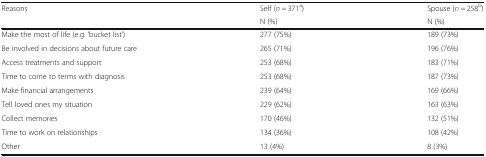
| <ROWSPAN=2> Reasons | Self (n = 371a) | Spouse (n = 258b) |
 | N (%) | N (%) |
 | --- | --- | --- |
 | Make the most of life (e.g. ‘bucket list’) | 277 (75%) | 189 (73%) |
 | Be involved in decisions about future care | 265 (71%) | 196 (76%) |
 | Access treatments and support | 253 (68%) | 183 (71%) |
 | Time to come to terms with diagnosis | 253 (68%) | 187 (73%) |
 | Make financial arrangements | 239 (64%) | 169 (66%) |
 | Tell loved ones my situation | 229 (62%) | 163 (63%) |
 | Collect memories | 170 (46%) | 132 (51%) |
 | Time to work on relationships | 134 (36%) | 108 (42%) |
 | Other | 13 (4%) | 8 (3%) |